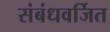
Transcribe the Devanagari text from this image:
संबंधवर्जित